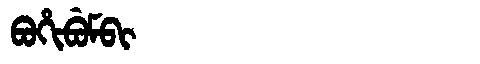
Manchu: ᠪᠣᡥᡳᠪᡠᠮᠪᡳ
Romanization: BOHIBUMBI